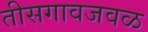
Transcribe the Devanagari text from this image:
तीसगावजवळ